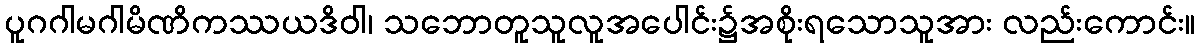
ပူဂဂါမဂါမိဏိကဿယဒိဝါ၊ သဘောတူသူလူအပေါင်း၌အစိုးရသောသူအား လည်းကောင်း။